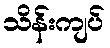
သိန်းကျပ်